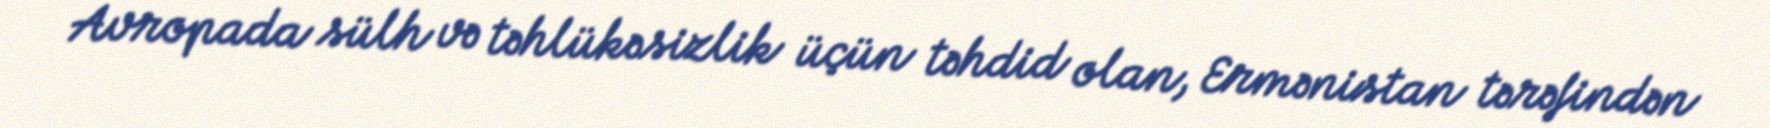
Avropada sülh və təhlükəsizlik üçün təhdid olan, Ermənistan tərəfindən